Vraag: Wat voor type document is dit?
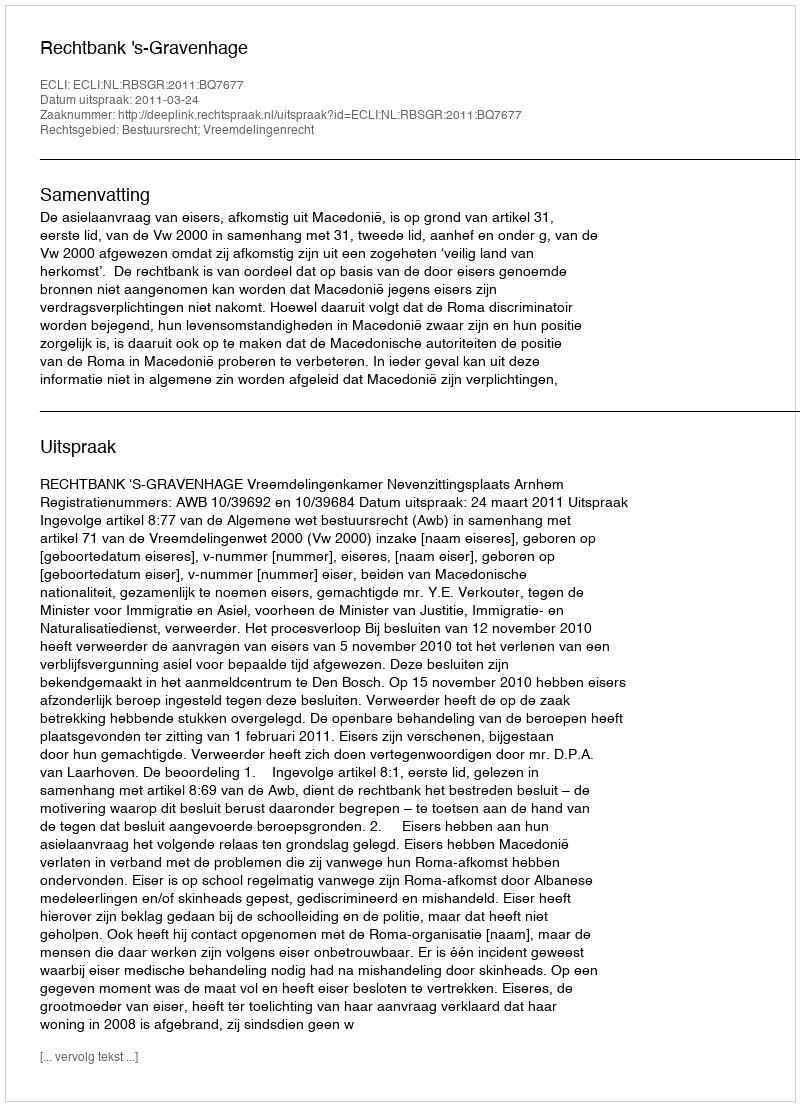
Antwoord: Uitspraak